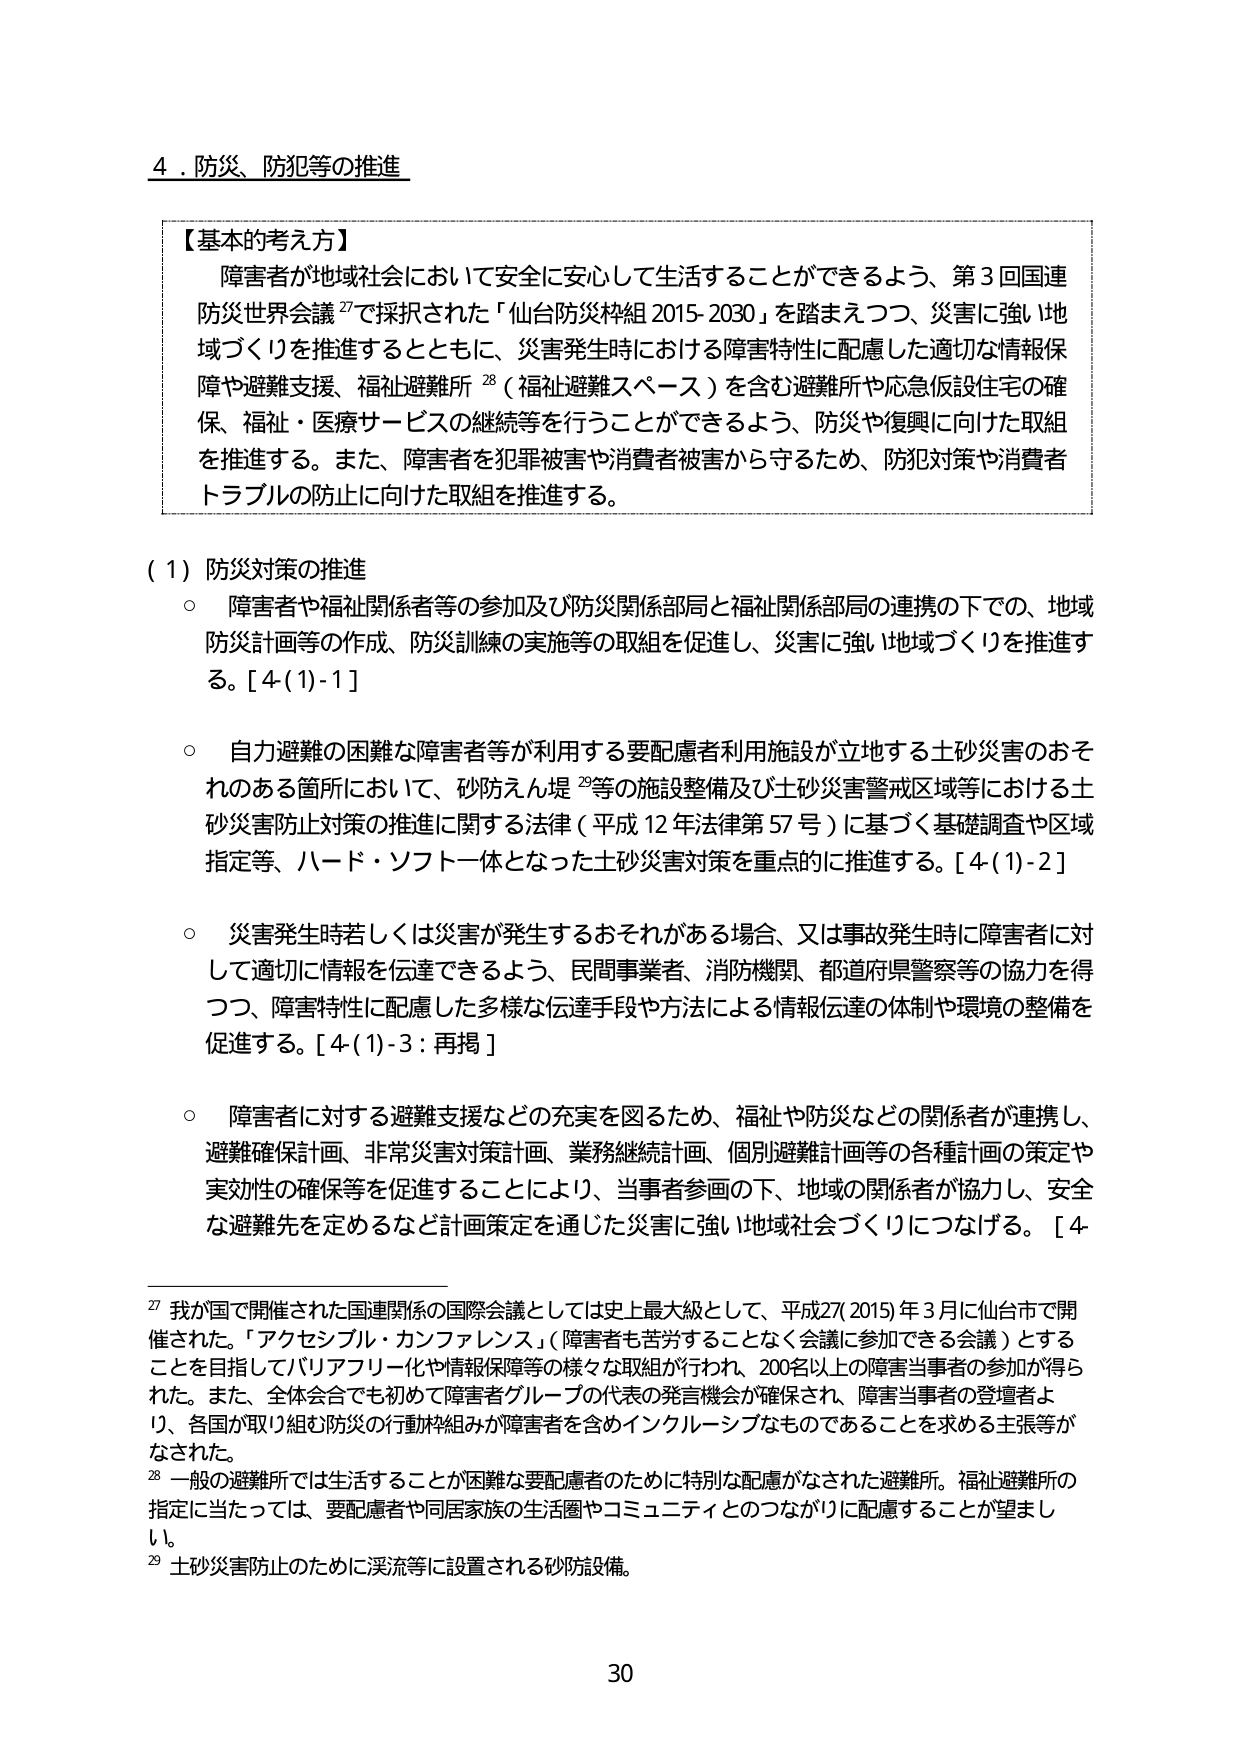
4．防災、防犯等の推進

【基本的考え方】
障害者が地域社会において安全に安心して生活することができるよう、第3回国連防災世界会議27で採択された「仙台防災枠組2015-2030」を踏まえつつ、災害に強い地域づくりを推進するとともに、災害発生時における障害特性に配慮した適切な情報保障や避難支援、福祉避難所28（福祉避難スペース）を含む避難所や応急仮設住宅の確保、福祉・医療サービスの継続等を行うことができるよう、防災や復興に向けた取組を推進する。また、障害者を犯罪被害や消費者被害から守るため、防犯対策や消費者トラブルの防止に向けた取組を推進する。

（1）防災対策の推進
○ 障害者や福祉関係者等の参加及び防災関係部局と福祉関係部局の連携の下での、地域防災計画等の作成、防災訓練の実施等の取組を促進し、災害に強い地域づくりを推進する。[4(1)-1]

○ 自力避難の困難な障害者等が利用する要配慮者利用施設が立地する土砂災害のおそれのある箇所において、砂防えん堤29等の施設整備及び土砂災害警戒区域等における土砂災害防止対策の推進に関する法律（平成12年法律第57号）に基づく基礎調査や区域指定等、ハード・ソフト一体となった土砂災害対策を重点的に推進する。[4(1)-2]

○ 災害発生時若しくは災害が発生するおそれがある場合、又は事故発生時に障害者に対して適切に情報を伝達できるよう、民間事業者、消防機関、都道府県警察等の協力を得つつ、障害特性に配慮した多様な伝達手段や方法による情報伝達の体制や環境の整備を促進する。[4(1)-3：再掲]

○ 障害者に対する避難支援などの充実を図るため、福祉や防災などの関係者が連携し、避難確保計画、非常災害対策計画、業務継続計画、個別避難計画等の各種計画の策定や実効性の確保等を促進することにより、当事者参画の下、地域の関係者が協力し、安全な避難先を定めるなど計画策定を通じた災害に強い地域社会づくりにつなげる。[4

27 我が国で開催された国連関係の国際会議としては史上最大級として、平成27(2015)年3月に仙台市で開催された。「アクセシブル・カンファレンス」（障害者も苦労することなく会議に参加できる会議）とすることを目指してバリアフリー化や情報保障等の様々な取組が行われ、200名以上の障害当事者の参加が得られた。また、全体会合でも初めて障害者グループの代表の発言機会が確保され、障害当事者の登壇者より、各国が取り組む防災の行動枠組みが障害者を含めインクルーシブなものであることを求める主張等がなされた。

28 一般の避難所では生活することが困難な要配慮者のために特別な配慮がなされた避難所。福祉避難所の指定に当たっては、要配慮者や同居家族の生活圏やコミュニティとのつながりに配慮することが望ましい。

29 土砂災害防止のために渓流等に設置される砂防設備。

30